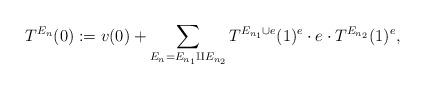
LaTeX: \begin{align*}T^{E_n}(0):=v(0)+\sum_{E_n=E_{n_1}\amalg E_{n_2}} T^{E_{n_1}\cup e}(1)^e\cdot e\cdot T^{E_{n_2}}(1)^e,\end{align*}